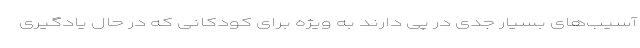
آسیب‌های بسیار جدی در پی دارند به‌ ویژه برای کودکانی که در حال یادگیری